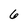
Character: 6